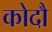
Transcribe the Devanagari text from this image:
कोदौ